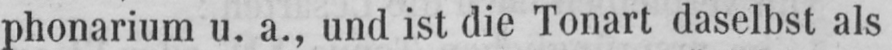
phonarium u. a., und ist die Tonart daselbst als